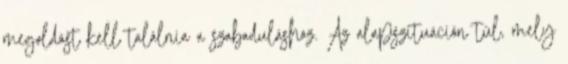
megoldást kell találnia a szabaduláshoz. Az alapszituáción túl, mely